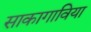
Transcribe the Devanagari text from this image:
साकागाविया